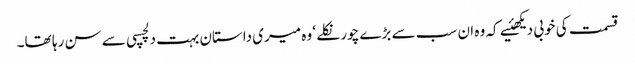
قسمت کی خوبی دیکھئیے کہ وہ ان سب سے بڑے چور نکلے ‘ وہ میری داستان بہت دلچسپی سے سن رہا تھا۔